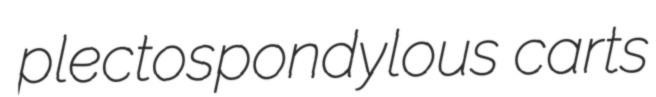
plectospondylous carts